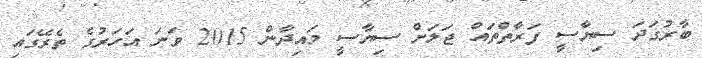
ބާރުގަަދަ ސިޔާސީ ފަރާތްތައް ޖަލަށް ސިޔާސީ މައިދާން 2015 ވަނަ އަހަރުގެ ތެރޭގައި